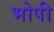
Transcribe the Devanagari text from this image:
भोपी